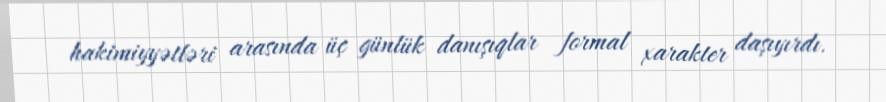
hakimiyyətləri arasında üç günlük danışıqlar formal xarakter daşıyırdı.